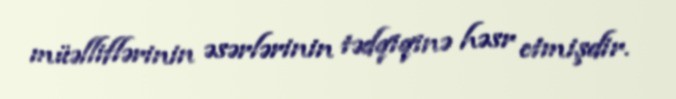
müəlliflərinin əsərlərinin tədqiqinə həsr etmişdir.